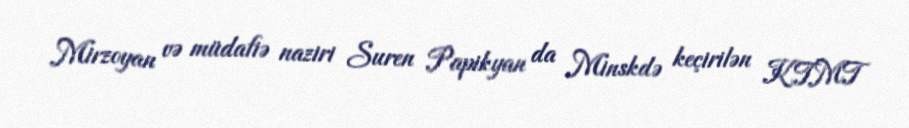
Mirzoyan və müdafiə naziri Suren Papikyan da Minskdə keçirilən KTMT